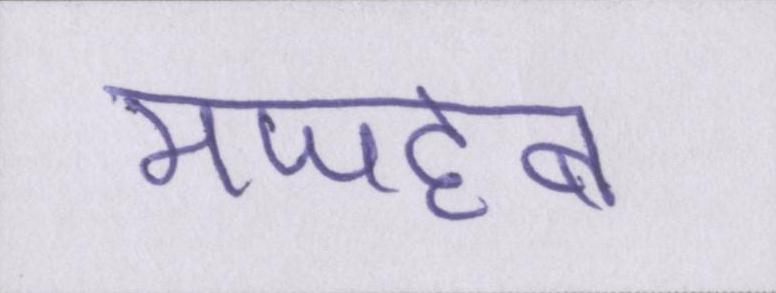
मजहब